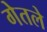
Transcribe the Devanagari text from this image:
गेतले